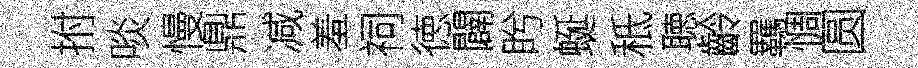
拊啖慢鼎减羞祠徳闢盻蜒秪聴齡羈惆圆